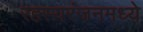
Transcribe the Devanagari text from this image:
रहस्यरंजनमध्ये